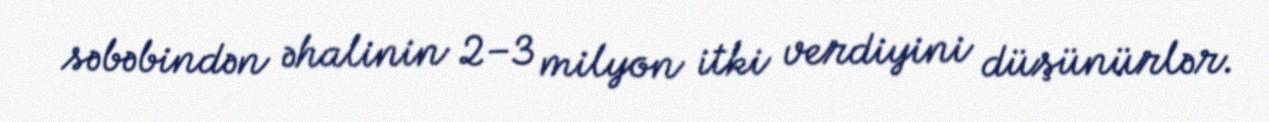
səbəbindən əhalinin 2–3 milyon itki verdiyini düşünürlər.